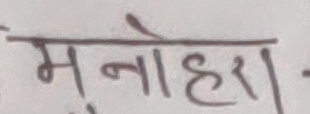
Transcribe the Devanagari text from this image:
मनोहरा